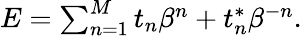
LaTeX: \begin{array}{r}{E=\sum_{n=1}^{M}t_{n}\beta^{n}+t_{n}^{\ast}\beta^{-n}.}\end{array}